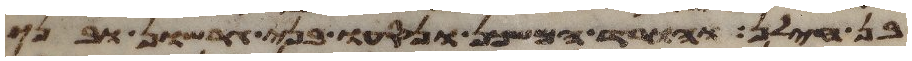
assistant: בן חילן והורד המשכן ונסעו בני גרשון ובני